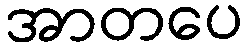
အာတပေ